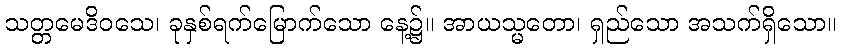
သတ္တမေဒိဝသေ၊ ခုနှစ်ရက်မြောက်သော နေ့၌။ အာယသ္မတော၊ ရှည်သော အသက်ရှိသော။